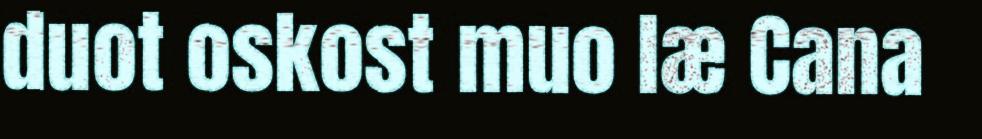
duot oskost muo læ Cana